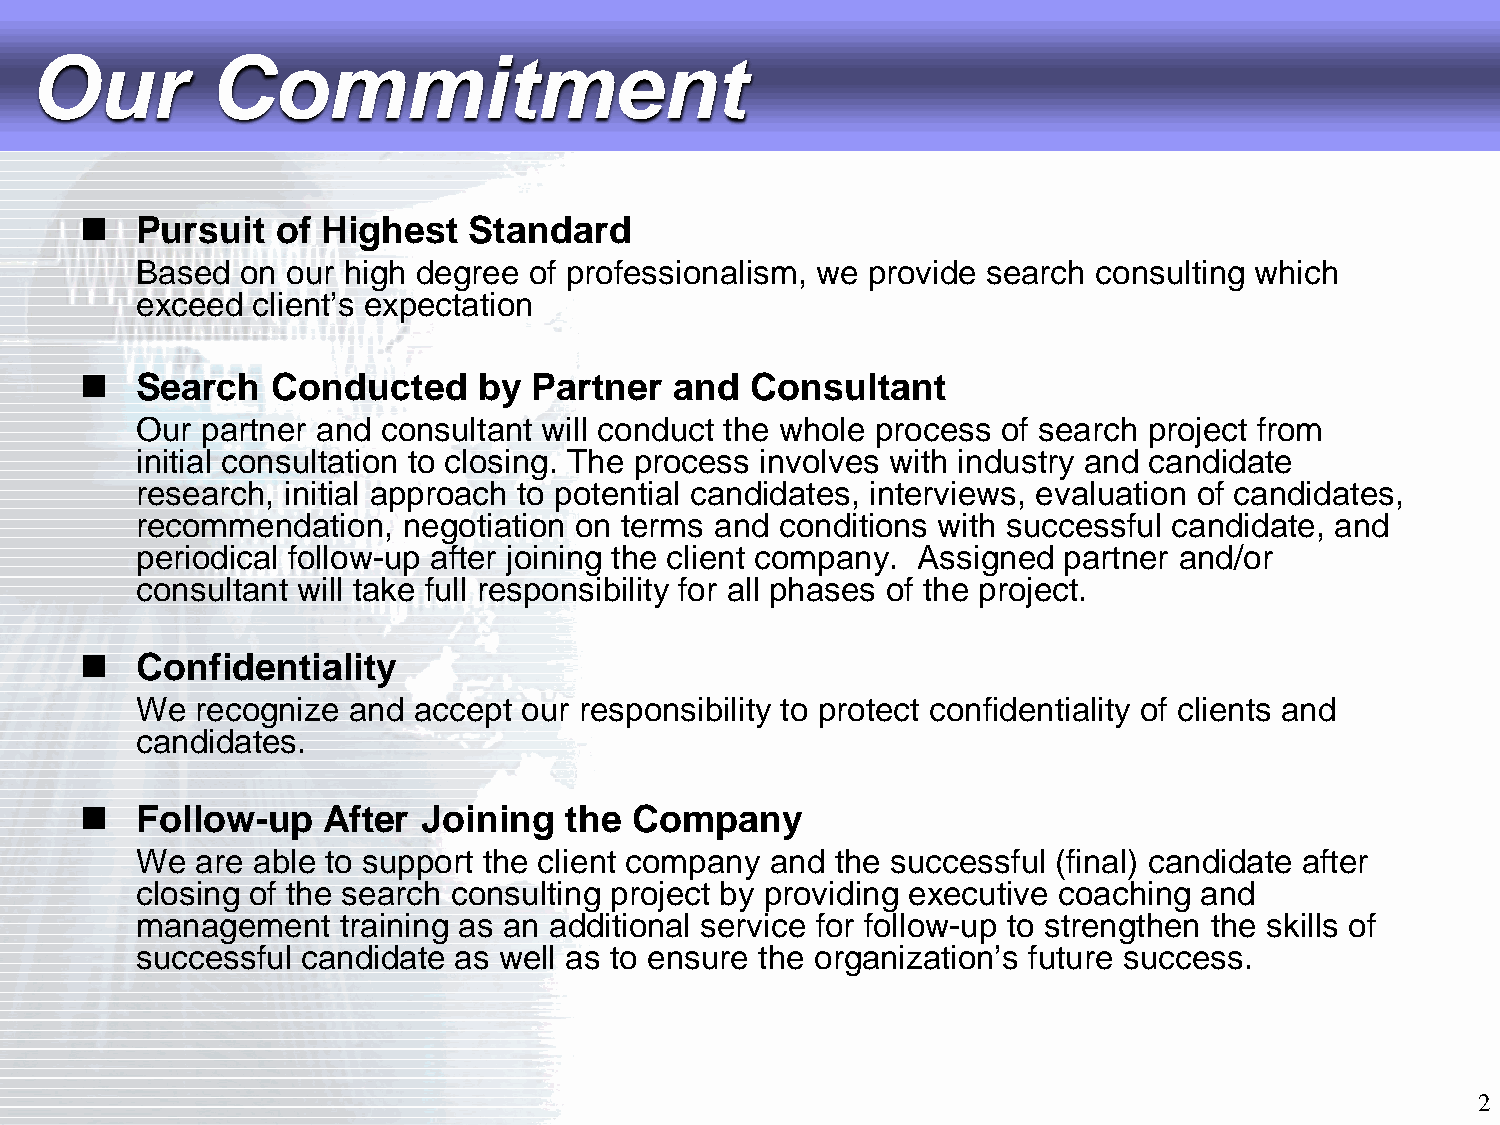
Our         Commitment
    Pursuit  of Highest   Standard
 Based  on our high degree of professionalism, we provide search consulting which
 exceed  client’s expectation
    Search   Conducted     by Partner   and  Consultant
 Our partner and consultant will conduct the whole process of search project from
 initial consultation to closing. The process involves with industry and candidate
 research, initial approach to potential candidates, interviews, evaluation of candidates,
 recommendation,   negotiation on terms and conditions with successful candidate, and
 periodical follow-up after joining the client company. Assigned partner and/or
 consultant will take full responsibility for all phases of the project.
    Confidentiality
 We  recognize and accept  our responsibility to protect confidentiality of clients and
 candidates.
    Follow-up   After  Joining  the  Company
 We  are able to support the client company and the successful (final) candidate after
 closing of the search consulting project by providing executive coaching and
 management    training as an additional service for follow-up to strengthen the skills of
 successful candidate as well as to ensure the organization’s future success.
 2